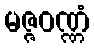
မဇ္ဇဝဏ္ဏံ